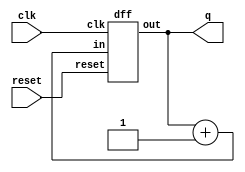
module top_module (
    input clk,
    input reset,      // 0
    output [3:0] q);
    wire [3:0]dout,din;
    assign din = dout + 4'b0001;
    assign q = dout;
    dff df1(.clk(clk), .reset(reset), .in(din), .out(dout));
endmodule

module dff (
    input clk,
    input reset,
    input [3:0]in,
    output reg [3:0]out
);
    always@(posedge clk or posedge reset)begin
        if(reset == 1)
            out <= 4'b0000;
        else
            out <= in;
    end
endmodule